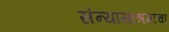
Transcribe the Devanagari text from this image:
संन्यासाश्रमाचा